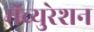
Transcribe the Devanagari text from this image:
मॅच्युरेशन